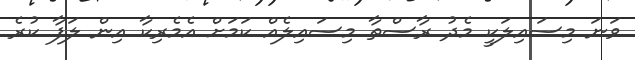
ވަނަ މިސައިލަކީ މެދު ރާސްތާ މިސައިލެއް ކަމަށް އެމެރިކާ އިން ލަފާ ކުރެ